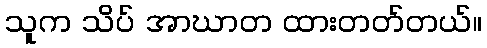
သူက သိပ် အာဃာတ ထားတတ်တယ်။